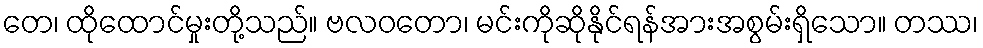
တေ၊ ထိုထောင်မှုးတို့သည်။ ဗလဝတော၊ မင်းကိုဆိုနိုင်ရန်အားအစွမ်းရှိသော။ တဿ၊